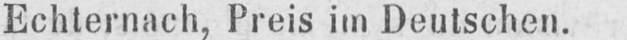
Echternach, Preis im Deutschen.